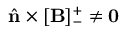
\hat { \mathbf { n } } \times [ \mathbf { B } ] _ { - } ^ { + } \neq \mathbf { 0 }